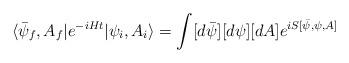
LaTeX: \begin{align*}\langle \bar{\psi}_f,A_f| e^{-iHt}| \psi_i, A_i \rangle = \int [d \bar{\psi}] [d \psi] [dA] e^{i S[\bar{\psi}, \psi, A]}\end{align*}